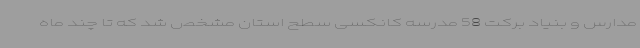
مدارس و بنیاد برکت 58 مدرسه کانکسی سطح استان مشخص شد که تا چند ماه